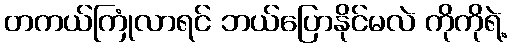
တကယ်ကြုံလာရင် ဘယ်ပြောနိုင်မလဲ ကိုကိုရဲ့